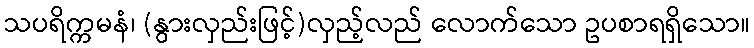
သပရိက္ကမနံ၊ (နွားလှည်းဖြင့်)လှည့်လည် လောက်သော ဥပစာရရှိသော။